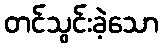
တင်သွင်းခဲ့သော